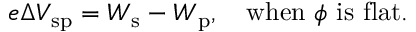
e \Delta V _ { \mathrm { { s p } } } = W _ { \mathrm { { s } } } - W _ { \mathrm { { p } } } , \quad { \mathrm { w h e n } } ~ \phi ~ { \mathrm { i s ~ f l a t } } .